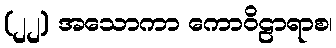
(၂၂) အသောကာ ကောဝိဠာရာစ၊